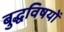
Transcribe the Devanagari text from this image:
बुद्धविषयों